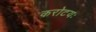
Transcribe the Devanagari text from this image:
करोटयः